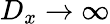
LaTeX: D_{x}\rightarrow\infty